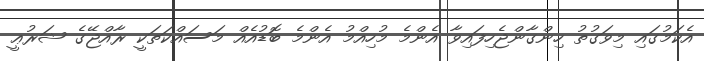
އެކަމުގައި މިވަގުތު ހިންގާންޖެހިފައިވާ އެންމެ މުހިއްމު އެންމެ ބޮޑުއެއް މަސައްކަތަކީ ރާއްޖޭގެ ޝަރުޢީ